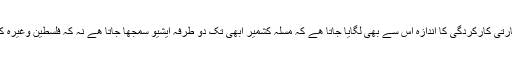
اقوام متحدہ میں ھماری سفارتی کارکردگی کا اندازہ اس سے بھی لگایا جاتا ھے کہ مسلہ کشمیر ابھی تک دو طرفہ ایشیو سمجھا جاتا ھے نہ کہ فلسطین وغیرہ کی طرح ایک عالمی ایشیو۔